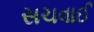
સચવાઈ